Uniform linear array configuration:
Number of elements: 16
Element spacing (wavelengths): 0.5
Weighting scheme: hann
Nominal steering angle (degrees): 15
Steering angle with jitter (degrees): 16.472
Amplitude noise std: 0.05
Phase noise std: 0.05

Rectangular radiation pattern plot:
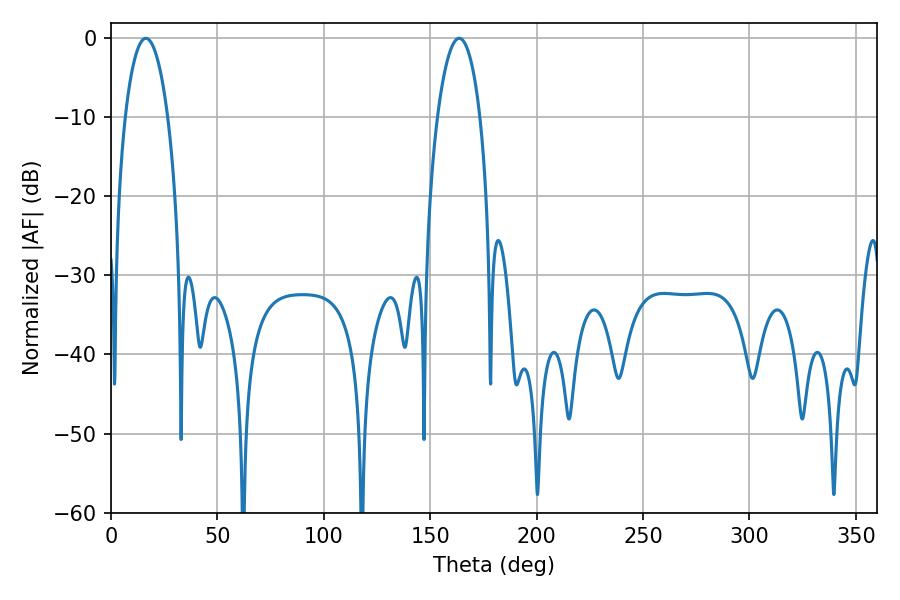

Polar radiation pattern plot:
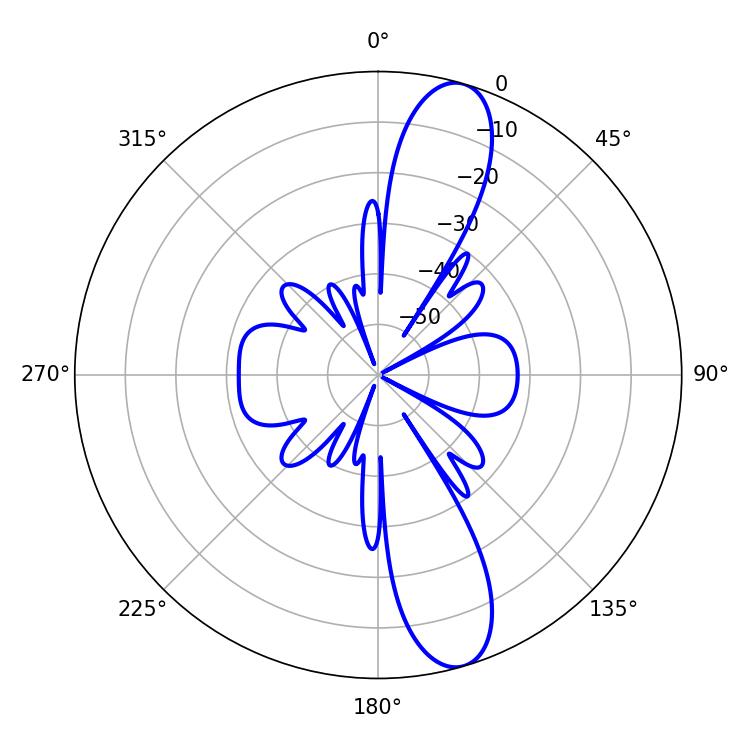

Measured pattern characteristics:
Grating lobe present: FALSE
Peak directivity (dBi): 12.299
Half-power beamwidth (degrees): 11.34
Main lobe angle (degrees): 16.38